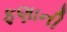
ફણાની